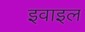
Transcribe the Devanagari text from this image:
इवाइल